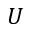
U